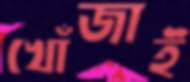
খোঁজাই